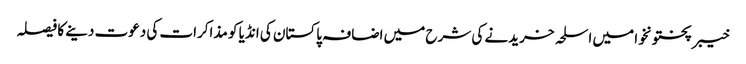
خیبر پختونخوا میں اسلحہ خریدنے کی شرح میں اضافہ	 پاکستان کی انڈیا کو مذاکرات کی دعوت دینے کا فیصلہ